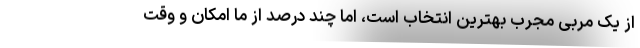
از یک مربی مجرب بهترین انتخاب است، اما چند درصد از ما امکان و وقت